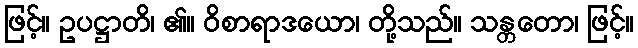
ဖြင့်။ ဥပဋ္ဌာတိ၊ ၏။ ဝိစာရာဒယော၊ တို့သည်။ သန္တတော၊ ဖြင့်။